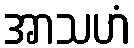
အာသဟံ